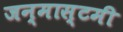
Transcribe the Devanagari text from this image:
जन्मास्टमी